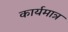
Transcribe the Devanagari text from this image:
कार्यमात्र